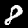
Digit: 8